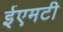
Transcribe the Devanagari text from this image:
ईएमटी